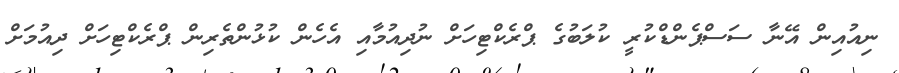
ނިއުއިން އޭނާ ސަސްޕެންޑްކުރީ ކުލަބުގެ ޕްރެކްޓިހަށް ނުދިއުމާއި އެހެން ކުޅުންތެރިން ޕްރެކްޓިހަށް ދިއުމަށް